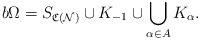
\begin{align*}b\Omega = S_{\mathfrak{C}(\mathcal{N})} \cup K_{-1} \cup \bigcup_{\alpha \in A} K_{\alpha}.\end{align*}